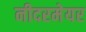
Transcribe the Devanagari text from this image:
नीदरमेयर